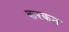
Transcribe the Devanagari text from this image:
करकत